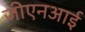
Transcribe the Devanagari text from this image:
जीएनआई